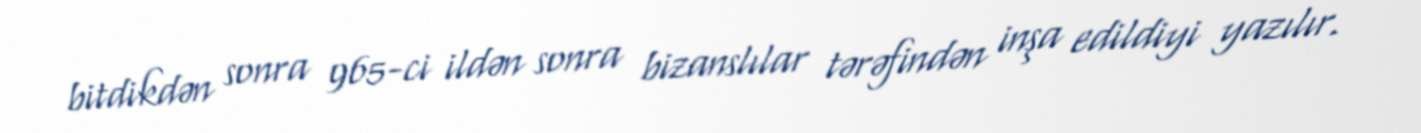
bitdikdən sonra 965-ci ildən sonra bizanslılar tərəfindən inşa edildiyi yazılır.